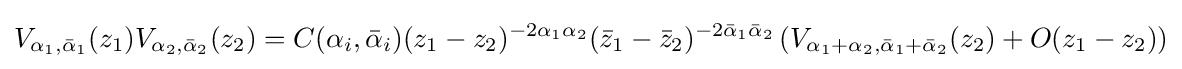
V_{\alpha _{1},{\bar {\alpha }}_{1}}(z_{1})V_{\alpha _{2},{\bar {\alpha }}_{2}}(z_{2})=C(\alpha _{i},{\bar {\alpha }}_{i})(z_{1}-z_{2})^{-2\alpha _{1}\alpha _{2}}({\bar {z}}_{1}-{\bar {z}}_{2})^{-2{\bar {\alpha }}_{1}{\bar {\alpha }}_{2}}\left(V_{\alpha _{1}+\alpha _{2},{\bar {\alpha }}_{1}+{\bar {\alpha }}_{2}}(z_{2})+O(z_{1}-z_{2})\right)